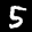
Label: 5